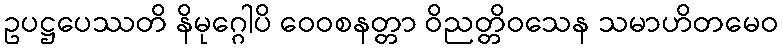
ဥပဋ္ဌပေဿတိ နိမုဂ္ဂေါပိ ဝေဝစနတ္တာ ဝိညတ္တိဝသေန သမာဟိတမေဝ